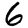
Digit: 6